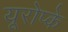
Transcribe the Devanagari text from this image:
यूरोप्के